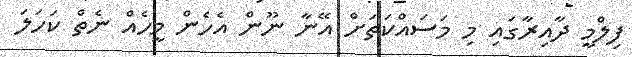
ފިލްމީ ދާއިރާގައި މި މަސައްކަތަށް އޭނާ ނޫން އެހެން މީހެއް ނެތް ކަހަލަ